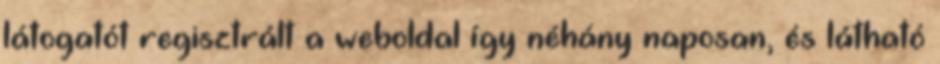
látogatót regisztrált a weboldal így néhány naposan, és látható